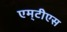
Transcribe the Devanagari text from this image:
एम्‌टीेएस